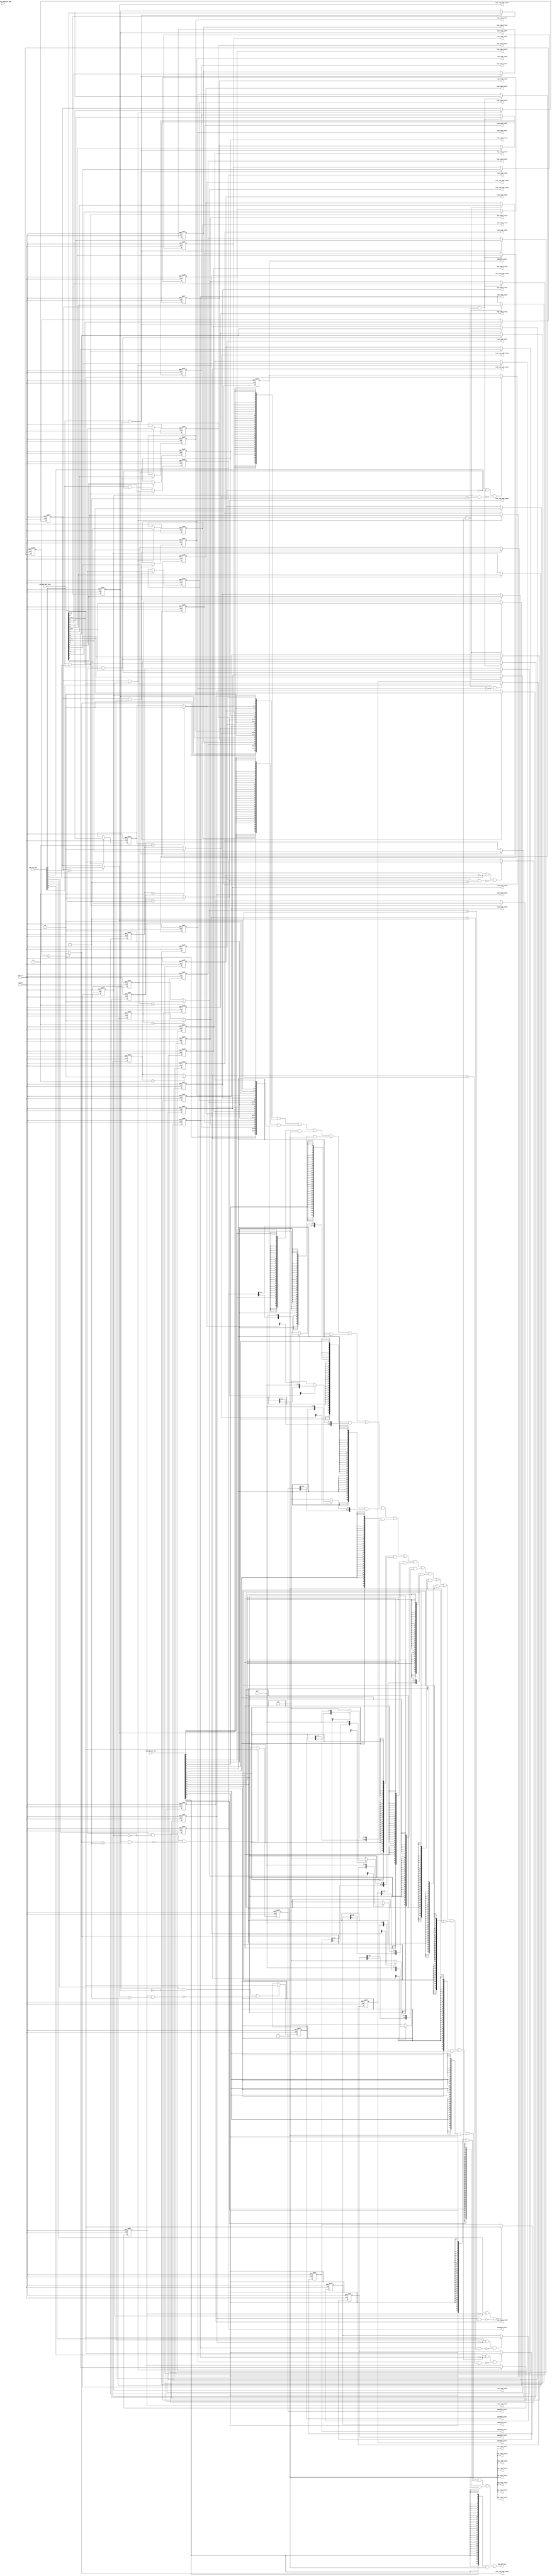
/*Copyright 2020-2021 T-Head Semiconductor Co., Ltd.

Licensed under the Apache License, Version 2.0 (the "License");
you may not use this file except in compliance with the License.
You may obtain a copy of the License at

    http://www.apache.org/licenses/LICENSE-2.0

Unless required by applicable law or agreed to in writing, software
distributed under the License is distributed on an "AS IS" BASIS,
WITHOUT WARRANTIES OR CONDITIONS OF ANY KIND, either express or implied.
See the License for the specific language governing permissions and
limitations under the License.
*/
module pa_pmp_regs(
  cp0_pmp_csr_sel,
  cp0_pmp_updt_data,
  cp0_yy_secu_mode_aft_dbg,
  cpuclk,
  cpurst_b,
  pmp_cp0_data,
  pmp_csr_wen,
  pmpaddr0_value,
  pmpaddr1_value,
  pmpaddr2_value,
  pmpaddr3_value,
  pmpaddr4_value,
  pmpaddr5_value,
  pmpaddr6_value,
  pmpaddr7_value,
  regs_comp_addr_mode0,
  regs_comp_addr_mode1,
  regs_comp_addr_mode2,
  regs_comp_addr_mode3,
  regs_comp_addr_mode4,
  regs_comp_addr_mode5,
  regs_comp_addr_mode6,
  regs_comp_addr_mode7,
  regs_comp_excut0,
  regs_comp_excut1,
  regs_comp_excut2,
  regs_comp_excut3,
  regs_comp_excut4,
  regs_comp_excut5,
  regs_comp_excut6,
  regs_comp_excut7,
  regs_comp_lock0,
  regs_comp_lock1,
  regs_comp_lock10,
  regs_comp_lock11,
  regs_comp_lock12,
  regs_comp_lock13,
  regs_comp_lock14,
  regs_comp_lock15,
  regs_comp_lock2,
  regs_comp_lock3,
  regs_comp_lock4,
  regs_comp_lock5,
  regs_comp_lock6,
  regs_comp_lock7,
  regs_comp_lock8,
  regs_comp_lock9,
  regs_comp_read0,
  regs_comp_read1,
  regs_comp_read2,
  regs_comp_read3,
  regs_comp_read4,
  regs_comp_read5,
  regs_comp_read6,
  regs_comp_read7,
  regs_comp_write0,
  regs_comp_write1,
  regs_comp_write2,
  regs_comp_write3,
  regs_comp_write4,
  regs_comp_write5,
  regs_comp_write6,
  regs_comp_write7
);

// &Ports; @24
input   [19:0]  cp0_pmp_csr_sel;         
input   [31:0]  cp0_pmp_updt_data;       
input           cp0_yy_secu_mode_aft_dbg; 
input           cpuclk;                  
input           cpurst_b;                
input   [19:0]  pmp_csr_wen;             
output  [31:0]  pmp_cp0_data;            
output  [25:0]  pmpaddr0_value;          
output  [25:0]  pmpaddr1_value;          
output  [25:0]  pmpaddr2_value;          
output  [25:0]  pmpaddr3_value;          
output  [25:0]  pmpaddr4_value;          
output  [25:0]  pmpaddr5_value;          
output  [25:0]  pmpaddr6_value;          
output  [25:0]  pmpaddr7_value;          
output  [1 :0]  regs_comp_addr_mode0;    
output  [1 :0]  regs_comp_addr_mode1;    
output  [1 :0]  regs_comp_addr_mode2;    
output  [1 :0]  regs_comp_addr_mode3;    
output  [1 :0]  regs_comp_addr_mode4;    
output  [1 :0]  regs_comp_addr_mode5;    
output  [1 :0]  regs_comp_addr_mode6;    
output  [1 :0]  regs_comp_addr_mode7;    
output          regs_comp_excut0;        
output          regs_comp_excut1;        
output          regs_comp_excut2;        
output          regs_comp_excut3;        
output          regs_comp_excut4;        
output          regs_comp_excut5;        
output          regs_comp_excut6;        
output          regs_comp_excut7;        
output          regs_comp_lock0;         
output          regs_comp_lock1;         
output          regs_comp_lock10;        
output          regs_comp_lock11;        
output          regs_comp_lock12;        
output          regs_comp_lock13;        
output          regs_comp_lock14;        
output          regs_comp_lock15;        
output          regs_comp_lock2;         
output          regs_comp_lock3;         
output          regs_comp_lock4;         
output          regs_comp_lock5;         
output          regs_comp_lock6;         
output          regs_comp_lock7;         
output          regs_comp_lock8;         
output          regs_comp_lock9;         
output          regs_comp_read0;         
output          regs_comp_read1;         
output          regs_comp_read2;         
output          regs_comp_read3;         
output          regs_comp_read4;         
output          regs_comp_read5;         
output          regs_comp_read6;         
output          regs_comp_read7;         
output          regs_comp_write0;        
output          regs_comp_write1;        
output          regs_comp_write2;        
output          regs_comp_write3;        
output          regs_comp_write4;        
output          regs_comp_write5;        
output          regs_comp_write6;        
output          regs_comp_write7;        

// &Regs; @25
reg     [1 :0]  pmp0cfg_addr_mode;       
reg             pmp0cfg_executeable;     
reg             pmp0cfg_lock;            
reg             pmp0cfg_readable;        
reg             pmp0cfg_writable;        
reg     [1 :0]  pmp1cfg_addr_mode;       
reg             pmp1cfg_executeable;     
reg             pmp1cfg_lock;            
reg             pmp1cfg_readable;        
reg             pmp1cfg_writable;        
reg     [1 :0]  pmp2cfg_addr_mode;       
reg             pmp2cfg_executeable;     
reg             pmp2cfg_lock;            
reg             pmp2cfg_readable;        
reg             pmp2cfg_writable;        
reg     [1 :0]  pmp3cfg_addr_mode;       
reg             pmp3cfg_executeable;     
reg             pmp3cfg_lock;            
reg             pmp3cfg_readable;        
reg             pmp3cfg_writable;        
reg     [1 :0]  pmp4cfg_addr_mode;       
reg             pmp4cfg_executeable;     
reg             pmp4cfg_lock;            
reg             pmp4cfg_readable;        
reg             pmp4cfg_writable;        
reg     [1 :0]  pmp5cfg_addr_mode;       
reg             pmp5cfg_executeable;     
reg             pmp5cfg_lock;            
reg             pmp5cfg_readable;        
reg             pmp5cfg_writable;        
reg     [1 :0]  pmp6cfg_addr_mode;       
reg             pmp6cfg_executeable;     
reg             pmp6cfg_lock;            
reg             pmp6cfg_readable;        
reg             pmp6cfg_writable;        
reg     [1 :0]  pmp7cfg_addr_mode;       
reg             pmp7cfg_executeable;     
reg             pmp7cfg_lock;            
reg             pmp7cfg_readable;        
reg             pmp7cfg_writable;        
reg     [25:0]  pmpaddr0_value;          
reg     [25:0]  pmpaddr1_value;          
reg     [25:0]  pmpaddr2_value;          
reg     [25:0]  pmpaddr3_value;          
reg     [25:0]  pmpaddr4_value;          
reg     [25:0]  pmpaddr5_value;          
reg     [25:0]  pmpaddr6_value;          
reg     [25:0]  pmpaddr7_value;          

// &Wires; @26
wire    [19:0]  cp0_pmp_csr_sel;         
wire    [31:0]  cp0_pmp_updt_data;       
wire            cp0_yy_secu_mode_aft_dbg; 
wire            cpuclk;                  
wire            cpurst_b;                
wire    [1 :0]  pmp0cfg_mode;            
wire    [1 :0]  pmp10cfg_mode;           
wire    [1 :0]  pmp11cfg_mode;           
wire    [1 :0]  pmp12cfg_mode;           
wire    [1 :0]  pmp13cfg_mode;           
wire    [1 :0]  pmp14cfg_mode;           
wire    [1 :0]  pmp15cfg_mode;           
wire    [1 :0]  pmp1cfg_mode;            
wire    [1 :0]  pmp2cfg_mode;            
wire    [1 :0]  pmp3cfg_mode;            
wire    [1 :0]  pmp4cfg_mode;            
wire    [1 :0]  pmp5cfg_mode;            
wire    [1 :0]  pmp6cfg_mode;            
wire    [1 :0]  pmp7cfg_mode;            
wire    [1 :0]  pmp8cfg_mode;            
wire    [1 :0]  pmp9cfg_mode;            
wire    [31:0]  pmp_cp0_data;            
wire    [19:0]  pmp_csr_wen;             
wire            pmp_updt_pmp0cfg;        
wire            pmp_updt_pmp1cfg;        
wire            pmp_updt_pmp2cfg;        
wire            pmp_updt_pmp3cfg;        
wire            pmp_updt_pmp4cfg;        
wire            pmp_updt_pmp5cfg;        
wire            pmp_updt_pmp6cfg;        
wire            pmp_updt_pmp7cfg;        
wire            pmp_updt_pmpaddr0;       
wire            pmp_updt_pmpaddr1;       
wire            pmp_updt_pmpaddr2;       
wire            pmp_updt_pmpaddr3;       
wire            pmp_updt_pmpaddr4;       
wire            pmp_updt_pmpaddr5;       
wire            pmp_updt_pmpaddr6;       
wire            pmp_updt_pmpaddr7;       
wire    [4 :0]  pmpaddr0_low;            
wire    [4 :0]  pmpaddr10_low;           
wire    [25:0]  pmpaddr10_value;         
wire    [4 :0]  pmpaddr11_low;           
wire    [25:0]  pmpaddr11_value;         
wire    [4 :0]  pmpaddr12_low;           
wire    [25:0]  pmpaddr12_value;         
wire    [4 :0]  pmpaddr13_low;           
wire    [25:0]  pmpaddr13_value;         
wire    [4 :0]  pmpaddr14_low;           
wire    [25:0]  pmpaddr14_value;         
wire    [4 :0]  pmpaddr15_low;           
wire    [25:0]  pmpaddr15_value;         
wire    [4 :0]  pmpaddr1_low;            
wire    [4 :0]  pmpaddr2_low;            
wire    [4 :0]  pmpaddr3_low;            
wire    [4 :0]  pmpaddr4_low;            
wire    [4 :0]  pmpaddr5_low;            
wire    [4 :0]  pmpaddr6_low;            
wire    [4 :0]  pmpaddr7_low;            
wire    [4 :0]  pmpaddr8_low;            
wire    [25:0]  pmpaddr8_value;          
wire    [4 :0]  pmpaddr9_low;            
wire    [25:0]  pmpaddr9_value;          
wire    [31:0]  pmpcfg0_value;           
wire    [31:0]  pmpcfg1_value;           
wire    [31:0]  pmpcfg2_value;           
wire    [31:0]  pmpcfg3_value;           
wire            pmpteecfg_s0;            
wire            pmpteecfg_s1;            
wire            pmpteecfg_s2;            
wire            pmpteecfg_s3;            
wire            pmpteecfg_s4;            
wire            pmpteecfg_s5;            
wire            pmpteecfg_s6;            
wire            pmpteecfg_s7;            
wire    [1 :0]  regs_comp_addr_mode0;    
wire    [1 :0]  regs_comp_addr_mode1;    
wire    [1 :0]  regs_comp_addr_mode2;    
wire    [1 :0]  regs_comp_addr_mode3;    
wire    [1 :0]  regs_comp_addr_mode4;    
wire    [1 :0]  regs_comp_addr_mode5;    
wire    [1 :0]  regs_comp_addr_mode6;    
wire    [1 :0]  regs_comp_addr_mode7;    
wire            regs_comp_excut0;        
wire            regs_comp_excut1;        
wire            regs_comp_excut2;        
wire            regs_comp_excut3;        
wire            regs_comp_excut4;        
wire            regs_comp_excut5;        
wire            regs_comp_excut6;        
wire            regs_comp_excut7;        
wire            regs_comp_lock0;         
wire            regs_comp_lock1;         
wire            regs_comp_lock10;        
wire            regs_comp_lock11;        
wire            regs_comp_lock12;        
wire            regs_comp_lock13;        
wire            regs_comp_lock14;        
wire            regs_comp_lock15;        
wire            regs_comp_lock2;         
wire            regs_comp_lock3;         
wire            regs_comp_lock4;         
wire            regs_comp_lock5;         
wire            regs_comp_lock6;         
wire            regs_comp_lock7;         
wire            regs_comp_lock8;         
wire            regs_comp_lock9;         
wire            regs_comp_read0;         
wire            regs_comp_read1;         
wire            regs_comp_read2;         
wire            regs_comp_read3;         
wire            regs_comp_read4;         
wire            regs_comp_read5;         
wire            regs_comp_read6;         
wire            regs_comp_read7;         
wire            regs_comp_write0;        
wire            regs_comp_write1;        
wire            regs_comp_write2;        
wire            regs_comp_write3;        
wire            regs_comp_write4;        
wire            regs_comp_write5;        
wire            regs_comp_write6;        
wire            regs_comp_write7;        


parameter ADDR_WIDTH = 25+1;

assign regs_comp_read0           = pmp0cfg_readable;
assign regs_comp_write0          = pmp0cfg_writable;
assign regs_comp_excut0          = pmp0cfg_executeable;
assign regs_comp_addr_mode0[1:0] = pmp0cfg_mode[1:0];
assign regs_comp_lock0           = pmp0cfg_lock;

assign regs_comp_read1           = pmp1cfg_readable;
assign regs_comp_write1          = pmp1cfg_writable;
assign regs_comp_excut1          = pmp1cfg_executeable;
assign regs_comp_addr_mode1[1:0] = pmp1cfg_mode[1:0];
assign regs_comp_lock1           = pmp1cfg_lock;

assign regs_comp_read2           = pmp2cfg_readable;
assign regs_comp_write2          = pmp2cfg_writable;
assign regs_comp_excut2          = pmp2cfg_executeable;
assign regs_comp_addr_mode2[1:0] = pmp2cfg_mode[1:0];
assign regs_comp_lock2           = pmp2cfg_lock;

assign regs_comp_read3           = pmp3cfg_readable;
assign regs_comp_write3          = pmp3cfg_writable;
assign regs_comp_excut3          = pmp3cfg_executeable;
assign regs_comp_addr_mode3[1:0] = pmp3cfg_mode[1:0];
assign regs_comp_lock3           = pmp3cfg_lock;

assign regs_comp_read4           = pmp4cfg_readable;
assign regs_comp_write4          = pmp4cfg_writable;
assign regs_comp_excut4          = pmp4cfg_executeable;
assign regs_comp_addr_mode4[1:0] = pmp4cfg_mode[1:0];
assign regs_comp_lock4           = pmp4cfg_lock;

assign regs_comp_read5           = pmp5cfg_readable;
assign regs_comp_write5          = pmp5cfg_writable;
assign regs_comp_excut5          = pmp5cfg_executeable;
assign regs_comp_addr_mode5[1:0] = pmp5cfg_mode[1:0];
assign regs_comp_lock5           = pmp5cfg_lock;

assign regs_comp_read6           = pmp6cfg_readable;
assign regs_comp_write6          = pmp6cfg_writable;
assign regs_comp_excut6          = pmp6cfg_executeable;
assign regs_comp_addr_mode6[1:0] = pmp6cfg_mode[1:0];
assign regs_comp_lock6           = pmp6cfg_lock;

assign regs_comp_read7           = pmp7cfg_readable;
assign regs_comp_write7          = pmp7cfg_writable;
assign regs_comp_excut7          = pmp7cfg_executeable;
assign regs_comp_addr_mode7[1:0] = pmp7cfg_mode[1:0];
assign regs_comp_lock7           = pmp7cfg_lock;









//==========================================================
//                PMP Entry Configuration Register
//==========================================================
//------------------------------------------------
//pmpcfg0 register
//------------------------------------------------
assign pmp_updt_pmp0cfg = pmp_csr_wen[0] && !pmp0cfg_lock;
always @(posedge cpuclk or negedge cpurst_b)
begin
  if(!cpurst_b)
  begin
    pmp0cfg_readable       <= 1'b0;
    pmp0cfg_writable       <= 1'b0;
    pmp0cfg_executeable    <= 1'b0;
    pmp0cfg_addr_mode[1:0] <= 2'b0;
    pmp0cfg_lock           <= 1'b0;
  end
  else if(pmp_updt_pmp0cfg && (!pmpteecfg_s0 || cp0_yy_secu_mode_aft_dbg))
  begin
    pmp0cfg_readable        <= cp0_pmp_updt_data[0];
    pmp0cfg_writable        <= cp0_pmp_updt_data[1];
    pmp0cfg_executeable     <= cp0_pmp_updt_data[2];
    pmp0cfg_addr_mode[1:0]  <= cp0_pmp_updt_data[4:3];
    pmp0cfg_lock            <= cp0_pmp_updt_data[7];
  end
  else
  begin
    pmp0cfg_readable       <= pmp0cfg_readable;     
    pmp0cfg_writable       <= pmp0cfg_writable;     
    pmp0cfg_executeable    <= pmp0cfg_executeable;     
    pmp0cfg_addr_mode[1:0] <= pmp0cfg_addr_mode[1:0];
    pmp0cfg_lock           <= pmp0cfg_lock;     
  end
end
assign pmp0cfg_mode[1:0] = pmp0cfg_addr_mode[1:0] == 2'b10 ? 2'b00 : pmp0cfg_addr_mode[1:0];

assign pmp_updt_pmp1cfg = pmp_csr_wen[0] && !pmp1cfg_lock;
always @(posedge cpuclk or negedge cpurst_b)
begin
  if(!cpurst_b)
  begin
    pmp1cfg_readable       <= 1'b0;
    pmp1cfg_writable       <= 1'b0;
    pmp1cfg_executeable    <= 1'b0;
    pmp1cfg_addr_mode[1:0] <= 2'b0;
    pmp1cfg_lock           <= 1'b0;
  end
  else if(pmp_updt_pmp1cfg && (!pmpteecfg_s1 || cp0_yy_secu_mode_aft_dbg))
  begin
    pmp1cfg_readable       <= cp0_pmp_updt_data[8];
    pmp1cfg_writable       <= cp0_pmp_updt_data[9];
    pmp1cfg_executeable    <= cp0_pmp_updt_data[10];
    pmp1cfg_addr_mode[1:0] <= cp0_pmp_updt_data[12:11];
    pmp1cfg_lock           <= cp0_pmp_updt_data[15];
  end
  else
  begin
    pmp1cfg_readable       <= pmp1cfg_readable;     
    pmp1cfg_writable       <= pmp1cfg_writable;     
    pmp1cfg_executeable    <= pmp1cfg_executeable;     
    pmp1cfg_addr_mode[1:0] <= pmp1cfg_addr_mode[1:0];
    pmp1cfg_lock           <= pmp1cfg_lock;     
  end
end
assign pmp1cfg_mode[1:0] = pmp1cfg_addr_mode[1:0] == 2'b10 ? 2'b00 : pmp1cfg_addr_mode[1:0];

assign pmp_updt_pmp2cfg = pmp_csr_wen[0] && !pmp2cfg_lock;
always @(posedge cpuclk or negedge cpurst_b)
begin
  if(!cpurst_b)
  begin
    pmp2cfg_readable       <= 1'b0;
    pmp2cfg_writable       <= 1'b0;
    pmp2cfg_executeable    <= 1'b0;
    pmp2cfg_addr_mode[1:0] <= 2'b0;
    pmp2cfg_lock           <= 1'b0;
  end
  else if(pmp_updt_pmp2cfg && (!pmpteecfg_s2 || cp0_yy_secu_mode_aft_dbg))
  begin
    pmp2cfg_readable       <= cp0_pmp_updt_data[16];
    pmp2cfg_writable       <= cp0_pmp_updt_data[17];
    pmp2cfg_executeable    <= cp0_pmp_updt_data[18];
    pmp2cfg_addr_mode[1:0] <= cp0_pmp_updt_data[20:19];
    pmp2cfg_lock           <= cp0_pmp_updt_data[23];
  end
  else
  begin
    pmp2cfg_readable       <= pmp2cfg_readable;     
    pmp2cfg_writable       <= pmp2cfg_writable;     
    pmp2cfg_executeable    <= pmp2cfg_executeable;     
    pmp2cfg_addr_mode[1:0] <= pmp2cfg_addr_mode[1:0];
    pmp2cfg_lock           <= pmp2cfg_lock;     
  end
end
assign pmp2cfg_mode[1:0] = pmp2cfg_addr_mode[1:0] == 2'b10 ? 2'b00 : pmp2cfg_addr_mode[1:0];

assign pmp_updt_pmp3cfg = pmp_csr_wen[0] && !pmp3cfg_lock;
always @(posedge cpuclk or negedge cpurst_b)
begin
  if(!cpurst_b)
  begin
    pmp3cfg_readable       <= 1'b0;
    pmp3cfg_writable       <= 1'b0;
    pmp3cfg_executeable    <= 1'b0;
    pmp3cfg_addr_mode[1:0] <= 2'b0;
    pmp3cfg_lock           <= 1'b0;
  end
  else if(pmp_updt_pmp3cfg && (!pmpteecfg_s3 || cp0_yy_secu_mode_aft_dbg))
  begin
    pmp3cfg_readable       <= cp0_pmp_updt_data[24];
    pmp3cfg_writable       <= cp0_pmp_updt_data[25];
    pmp3cfg_executeable    <= cp0_pmp_updt_data[26];
    pmp3cfg_addr_mode[1:0] <= cp0_pmp_updt_data[28:27];
    pmp3cfg_lock           <= cp0_pmp_updt_data[31];
  end
  else
  begin
    pmp3cfg_readable       <= pmp3cfg_readable;     
    pmp3cfg_writable       <= pmp3cfg_writable;     
    pmp3cfg_executeable    <= pmp3cfg_executeable;     
    pmp3cfg_addr_mode[1:0] <= pmp3cfg_addr_mode[1:0];
    pmp3cfg_lock           <= pmp3cfg_lock;     
  end
end
assign pmp3cfg_mode[1:0] = pmp3cfg_addr_mode[1:0] == 2'b10 ? 2'b00 : pmp3cfg_addr_mode[1:0];

//------------------------------------------------
//pmpcfg1 register
//------------------------------------------------
assign pmp_updt_pmp4cfg = pmp_csr_wen[1] && !pmp4cfg_lock;
always @(posedge cpuclk or negedge cpurst_b)
begin
  if(!cpurst_b)
  begin
    pmp4cfg_readable       <= 1'b0;
    pmp4cfg_writable       <= 1'b0;
    pmp4cfg_executeable    <= 1'b0;
    pmp4cfg_addr_mode[1:0] <= 2'b0;
    pmp4cfg_lock           <= 1'b0;
  end
  else if(pmp_updt_pmp4cfg && (!pmpteecfg_s4 || cp0_yy_secu_mode_aft_dbg))
  begin
    pmp4cfg_readable        <= cp0_pmp_updt_data[0];
    pmp4cfg_writable        <= cp0_pmp_updt_data[1];
    pmp4cfg_executeable     <= cp0_pmp_updt_data[2];
    pmp4cfg_addr_mode[1:0]  <= cp0_pmp_updt_data[4:3];
    pmp4cfg_lock            <= cp0_pmp_updt_data[7];
  end
  else
  begin
    pmp4cfg_readable       <= pmp4cfg_readable;     
    pmp4cfg_writable       <= pmp4cfg_writable;     
    pmp4cfg_executeable    <= pmp4cfg_executeable;     
    pmp4cfg_addr_mode[1:0] <= pmp4cfg_addr_mode[1:0];
    pmp4cfg_lock           <= pmp4cfg_lock;     
  end
end
assign pmp4cfg_mode[1:0] = pmp4cfg_addr_mode[1:0] == 2'b10 ? 2'b00 : pmp4cfg_addr_mode[1:0];

assign pmp_updt_pmp5cfg = pmp_csr_wen[1] && !pmp5cfg_lock;
always @(posedge cpuclk or negedge cpurst_b)
begin
  if(!cpurst_b)
  begin
    pmp5cfg_readable       <= 1'b0;
    pmp5cfg_writable       <= 1'b0;
    pmp5cfg_executeable    <= 1'b0;
    pmp5cfg_addr_mode[1:0] <= 2'b0;
    pmp5cfg_lock           <= 1'b0;
  end
  else if(pmp_updt_pmp5cfg && (!pmpteecfg_s5 || cp0_yy_secu_mode_aft_dbg))
  begin
    pmp5cfg_readable       <= cp0_pmp_updt_data[8];
    pmp5cfg_writable       <= cp0_pmp_updt_data[9];
    pmp5cfg_executeable    <= cp0_pmp_updt_data[10];
    pmp5cfg_addr_mode[1:0] <= cp0_pmp_updt_data[12:11];
    pmp5cfg_lock           <= cp0_pmp_updt_data[15];
  end
  else
  begin
    pmp5cfg_readable       <= pmp5cfg_readable;     
    pmp5cfg_writable       <= pmp5cfg_writable;     
    pmp5cfg_executeable    <= pmp5cfg_executeable;     
    pmp5cfg_addr_mode[1:0] <= pmp5cfg_addr_mode[1:0];
    pmp5cfg_lock           <= pmp5cfg_lock;     
  end
end
assign pmp5cfg_mode[1:0] = pmp5cfg_addr_mode[1:0] == 2'b10 ? 2'b00 : pmp5cfg_addr_mode[1:0];

assign pmp_updt_pmp6cfg = pmp_csr_wen[1] && !pmp6cfg_lock;
always @(posedge cpuclk or negedge cpurst_b)
begin
  if(!cpurst_b)
  begin
    pmp6cfg_readable       <= 1'b0;
    pmp6cfg_writable       <= 1'b0;
    pmp6cfg_executeable    <= 1'b0;
    pmp6cfg_addr_mode[1:0] <= 2'b0;
    pmp6cfg_lock           <= 1'b0;
  end
  else if(pmp_updt_pmp6cfg && (!pmpteecfg_s6 || cp0_yy_secu_mode_aft_dbg))
  begin
    pmp6cfg_readable       <= cp0_pmp_updt_data[16];
    pmp6cfg_writable       <= cp0_pmp_updt_data[17];
    pmp6cfg_executeable    <= cp0_pmp_updt_data[18];
    pmp6cfg_addr_mode[1:0] <= cp0_pmp_updt_data[20:19];
    pmp6cfg_lock           <= cp0_pmp_updt_data[23];
  end
  else
  begin
    pmp6cfg_readable       <= pmp6cfg_readable;     
    pmp6cfg_writable       <= pmp6cfg_writable;     
    pmp6cfg_executeable    <= pmp6cfg_executeable;     
    pmp6cfg_addr_mode[1:0] <= pmp6cfg_addr_mode[1:0];
    pmp6cfg_lock           <= pmp6cfg_lock;     
  end
end
assign pmp6cfg_mode[1:0] = pmp6cfg_addr_mode[1:0] == 2'b10 ? 2'b00 : pmp6cfg_addr_mode[1:0];

assign pmp_updt_pmp7cfg = pmp_csr_wen[1] && !pmp7cfg_lock;
always @(posedge cpuclk or negedge cpurst_b)
begin
  if(!cpurst_b)
  begin
    pmp7cfg_readable       <= 1'b0;
    pmp7cfg_writable       <= 1'b0;
    pmp7cfg_executeable    <= 1'b0;
    pmp7cfg_addr_mode[1:0] <= 2'b0;
    pmp7cfg_lock           <= 1'b0;
  end
  else if(pmp_updt_pmp7cfg && (!pmpteecfg_s7 || cp0_yy_secu_mode_aft_dbg))
  begin
    pmp7cfg_readable       <= cp0_pmp_updt_data[24];
    pmp7cfg_writable       <= cp0_pmp_updt_data[25];
    pmp7cfg_executeable    <= cp0_pmp_updt_data[26];
    pmp7cfg_addr_mode[1:0] <= cp0_pmp_updt_data[28:27];
    pmp7cfg_lock           <= cp0_pmp_updt_data[31];
  end
  else
  begin
    pmp7cfg_readable       <= pmp7cfg_readable;     
    pmp7cfg_writable       <= pmp7cfg_writable;     
    pmp7cfg_executeable    <= pmp7cfg_executeable;     
    pmp7cfg_addr_mode[1:0] <= pmp7cfg_addr_mode[1:0];
    pmp7cfg_lock           <= pmp7cfg_lock;     
  end
end
assign pmp7cfg_mode[1:0] = pmp7cfg_addr_mode[1:0] == 2'b10 ? 2'b00 : pmp7cfg_addr_mode[1:0];

//------------------------------------------------
//pmpcfg2 register
//------------------------------------------------
assign pmp8cfg_mode[1:0] = 2'b00;
assign regs_comp_lock8   = 1'b0;

assign pmp9cfg_mode[1:0] = 2'b00;
assign regs_comp_lock9   = 1'b0;

assign pmp10cfg_mode[1:0] = 2'b00;
assign regs_comp_lock10   = 1'b0;

assign pmp11cfg_mode[1:0] = 2'b00;
assign regs_comp_lock11   = 1'b0;

//------------------------------------------------
//pmpcfg3 register
//------------------------------------------------
assign pmp12cfg_mode[1:0] = 2'b00;
assign regs_comp_lock12   = 1'b0;

assign pmp13cfg_mode[1:0] = 2'b00;
assign regs_comp_lock13   = 1'b0;

assign pmp14cfg_mode[1:0] = 2'b00;
assign regs_comp_lock14   = 1'b0;

assign pmp15cfg_mode[1:0] = 2'b00;
assign regs_comp_lock15   = 1'b0;



assign pmpcfg0_value[31:0] = {pmp3cfg_lock,2'b0,pmp3cfg_mode[1:0],pmp3cfg_executeable,pmp3cfg_writable,pmp3cfg_readable,
                              pmp2cfg_lock,2'b0,pmp2cfg_mode[1:0],pmp2cfg_executeable,pmp2cfg_writable,pmp2cfg_readable,
                              pmp1cfg_lock,2'b0,pmp1cfg_mode[1:0],pmp1cfg_executeable,pmp1cfg_writable,pmp1cfg_readable,
                              pmp0cfg_lock,2'b0,pmp0cfg_mode[1:0],pmp0cfg_executeable,pmp0cfg_writable,pmp0cfg_readable};
assign pmpcfg1_value[31:0] = {pmp7cfg_lock,2'b0,pmp7cfg_mode[1:0],pmp7cfg_executeable,pmp7cfg_writable,pmp7cfg_readable,
                              pmp6cfg_lock,2'b0,pmp6cfg_mode[1:0],pmp6cfg_executeable,pmp6cfg_writable,pmp6cfg_readable,
                              pmp5cfg_lock,2'b0,pmp5cfg_mode[1:0],pmp5cfg_executeable,pmp5cfg_writable,pmp5cfg_readable,
                              pmp4cfg_lock,2'b0,pmp4cfg_mode[1:0],pmp4cfg_executeable,pmp4cfg_writable,pmp4cfg_readable};
assign pmpcfg2_value[31:0] = 32'b0;
assign pmpcfg3_value[31:0] = 32'b0;





//==========================================================
//                PMP Entry Address Register
//==========================================================
//------------------------------------------------
//pmpaddr0 register
//------------------------------------------------
assign pmp_updt_pmpaddr0 = pmp_csr_wen[4] && !pmpcfg0_value[7] && !(pmpcfg0_value[15] && (pmpcfg0_value[12:11] == 2'b01)) ;
always @(posedge cpuclk or negedge cpurst_b)
begin
  if(!cpurst_b)
    pmpaddr0_value[ADDR_WIDTH-1:0] <= {ADDR_WIDTH{1'b0}};
  else if(pmp_updt_pmpaddr0 && (!pmpteecfg_s0 || cp0_yy_secu_mode_aft_dbg))
    pmpaddr0_value[ADDR_WIDTH-1:0] <= cp0_pmp_updt_data[ADDR_WIDTH+3:4];
  else
    pmpaddr0_value[ADDR_WIDTH-1:0] <= pmpaddr0_value[ADDR_WIDTH-1:0];
end
// &Force("output","pmpaddr0_value"); @866

assign pmp_updt_pmpaddr1 = pmp_csr_wen[5] && !pmpcfg0_value[15] && !(pmpcfg0_value[23] && (pmpcfg0_value[20:19] == 2'b01));
always @(posedge cpuclk or negedge cpurst_b)
begin
  if(!cpurst_b)
    pmpaddr1_value[ADDR_WIDTH-1:0] <= {ADDR_WIDTH{1'b0}};
  else if(pmp_updt_pmpaddr1 && (!pmpteecfg_s1 || cp0_yy_secu_mode_aft_dbg))
    pmpaddr1_value[ADDR_WIDTH-1:0] <= cp0_pmp_updt_data[ADDR_WIDTH+3:4];
  else
    pmpaddr1_value[ADDR_WIDTH-1:0] <= pmpaddr1_value[ADDR_WIDTH-1:0];
end
// &Force("output","pmpaddr1_value"); @882

assign pmp_updt_pmpaddr2 = pmp_csr_wen[6] && !pmpcfg0_value[23] && !(pmpcfg0_value[31] && (pmpcfg0_value[28:27] == 2'b01));
always @(posedge cpuclk or negedge cpurst_b)
begin
  if(!cpurst_b)
    pmpaddr2_value[ADDR_WIDTH-1:0] <= {ADDR_WIDTH{1'b0}};
  else if(pmp_updt_pmpaddr2 && (!pmpteecfg_s2 || cp0_yy_secu_mode_aft_dbg))
    pmpaddr2_value[ADDR_WIDTH-1:0] <= cp0_pmp_updt_data[ADDR_WIDTH+3:4];
  else
    pmpaddr2_value[ADDR_WIDTH-1:0] <= pmpaddr2_value[ADDR_WIDTH-1:0];
end
// &Force("output","pmpaddr2_value"); @898

assign pmp_updt_pmpaddr3 = pmp_csr_wen[7] && !pmpcfg0_value[31] && !(pmpcfg1_value[7] && (pmpcfg1_value[4:3] == 2'b01));
always @(posedge cpuclk or negedge cpurst_b)
begin
  if(!cpurst_b)
    pmpaddr3_value[ADDR_WIDTH-1:0] <= {ADDR_WIDTH{1'b0}};
  else if(pmp_updt_pmpaddr3 && (!pmpteecfg_s3 || cp0_yy_secu_mode_aft_dbg))
    pmpaddr3_value[ADDR_WIDTH-1:0] <= cp0_pmp_updt_data[ADDR_WIDTH+3:4];
  else
    pmpaddr3_value[ADDR_WIDTH-1:0] <= pmpaddr3_value[ADDR_WIDTH-1:0];
end
// &Force("output","pmpaddr3_value"); @914

assign pmp_updt_pmpaddr4 = pmp_csr_wen[8] && !pmpcfg1_value[7] && !(pmpcfg1_value[15] && (pmpcfg1_value[12:11] == 2'b01));
always @(posedge cpuclk or negedge cpurst_b)
begin
  if(!cpurst_b)
    pmpaddr4_value[ADDR_WIDTH-1:0] <= {ADDR_WIDTH{1'b0}};
  else if(pmp_updt_pmpaddr4 && (!pmpteecfg_s4 || cp0_yy_secu_mode_aft_dbg))
    pmpaddr4_value[ADDR_WIDTH-1:0] <= cp0_pmp_updt_data[ADDR_WIDTH+3:4];
  else
    pmpaddr4_value[ADDR_WIDTH-1:0] <= pmpaddr4_value[ADDR_WIDTH-1:0];
end
// &Force("output","pmpaddr4_value"); @930

assign pmp_updt_pmpaddr5 = pmp_csr_wen[9] && !pmpcfg1_value[15] && !(pmpcfg1_value[23] && (pmpcfg1_value[20:19] == 2'b01));
always @(posedge cpuclk or negedge cpurst_b)
begin
  if(!cpurst_b)
    pmpaddr5_value[ADDR_WIDTH-1:0] <= {ADDR_WIDTH{1'b0}};
  else if(pmp_updt_pmpaddr5 && (!pmpteecfg_s5 || cp0_yy_secu_mode_aft_dbg))
    pmpaddr5_value[ADDR_WIDTH-1:0] <= cp0_pmp_updt_data[ADDR_WIDTH+3:4];
  else
    pmpaddr5_value[ADDR_WIDTH-1:0] <= pmpaddr5_value[ADDR_WIDTH-1:0];
end
// &Force("output","pmpaddr5_value"); @946

assign pmp_updt_pmpaddr6 = pmp_csr_wen[10] && !pmpcfg1_value[23] && !(pmpcfg1_value[31] && (pmpcfg1_value[28:27] == 2'b01));
always @(posedge cpuclk or negedge cpurst_b)
begin
  if(!cpurst_b)
    pmpaddr6_value[ADDR_WIDTH-1:0] <= {ADDR_WIDTH{1'b0}};
  else if(pmp_updt_pmpaddr6 && (!pmpteecfg_s6 || cp0_yy_secu_mode_aft_dbg))
    pmpaddr6_value[ADDR_WIDTH-1:0] <= cp0_pmp_updt_data[ADDR_WIDTH+3:4];
  else
    pmpaddr6_value[ADDR_WIDTH-1:0] <= pmpaddr6_value[ADDR_WIDTH-1:0];
end
// &Force("output","pmpaddr6_value"); @962

assign pmp_updt_pmpaddr7 = pmp_csr_wen[11] && !pmpcfg1_value[31] && !(pmpcfg2_value[7] && (pmpcfg2_value[4:3] == 2'b01));
always @(posedge cpuclk or negedge cpurst_b)
begin
  if(!cpurst_b)
    pmpaddr7_value[ADDR_WIDTH-1:0] <= {ADDR_WIDTH{1'b0}};
  else if(pmp_updt_pmpaddr7 && (!pmpteecfg_s7 || cp0_yy_secu_mode_aft_dbg))
    pmpaddr7_value[ADDR_WIDTH-1:0] <= cp0_pmp_updt_data[ADDR_WIDTH+3:4];
  else
    pmpaddr7_value[ADDR_WIDTH-1:0] <= pmpaddr7_value[ADDR_WIDTH-1:0];
end
// &Force("output","pmpaddr7_value"); @978

// &Force("output","pmpaddr8_value"); @994
assign pmpaddr8_value[ADDR_WIDTH-1:0] = {ADDR_WIDTH{1'b0}};

// &Force("output","pmpaddr9_value"); @1010
assign pmpaddr9_value[ADDR_WIDTH-1:0] = {ADDR_WIDTH{1'b0}};

// &Force("output","pmpaddr10_value"); @1026
assign pmpaddr10_value[ADDR_WIDTH-1:0] = {ADDR_WIDTH{1'b0}};

// &Force("output","pmpaddr11_value"); @1042
assign pmpaddr11_value[ADDR_WIDTH-1:0] = {ADDR_WIDTH{1'b0}};


// &Force("output","pmpaddr12_value"); @1059
assign pmpaddr12_value[ADDR_WIDTH-1:0] = {ADDR_WIDTH{1'b0}};

// &Force("output","pmpaddr13_value"); @1075
assign pmpaddr13_value[ADDR_WIDTH-1:0] = {ADDR_WIDTH{1'b0}};

// &Force("output","pmpaddr14_value"); @1091
assign pmpaddr14_value[ADDR_WIDTH-1:0] = {ADDR_WIDTH{1'b0}};

// &Force("output","pmpaddr15_value"); @1107
assign pmpaddr15_value[ADDR_WIDTH-1:0] = {ADDR_WIDTH{1'b0}};

//==========================================================
//          PMP Entry TEE Configuration Register
//==========================================================
//------------------------------------------------
//pmpteecfg[0] register
//------------------------------------------------
assign pmpteecfg_s0 = 1'b0;

//------------------------------------------------
//pmpteecfg[1] register
//------------------------------------------------
assign pmpteecfg_s1 = 1'b0;

//------------------------------------------------
//pmpteecfg[2] register
//------------------------------------------------
assign pmpteecfg_s2 = 1'b0;

//------------------------------------------------
//pmpteecfg[3] register
//------------------------------------------------
assign pmpteecfg_s3 = 1'b0;

//------------------------------------------------
//pmpteecfg[4] register
//------------------------------------------------
assign pmpteecfg_s4 = 1'b0;

//------------------------------------------------
//pmpteecfg[5] register
//------------------------------------------------
assign pmpteecfg_s5 = 1'b0;

//------------------------------------------------
//pmpteecfg[6] register
//------------------------------------------------
assign pmpteecfg_s6 = 1'b0;

//------------------------------------------------
//pmpteecfg[7] register
//------------------------------------------------
assign pmpteecfg_s7 = 1'b0;

//------------------------------------------------
//pmpteecfg[8] register
//------------------------------------------------

//------------------------------------------------
//pmpteecfg[9] register
//------------------------------------------------

//------------------------------------------------
//pmpteecfg[10] register
//------------------------------------------------

//------------------------------------------------
//pmpteecfg[11] register
//------------------------------------------------

//------------------------------------------------
//pmpteecfg[12] register
//------------------------------------------------

//------------------------------------------------
//pmpteecfg[13] register
//------------------------------------------------

//------------------------------------------------
//pmpteecfg[14] register
//------------------------------------------------

//------------------------------------------------
//pmpteecfg[15] register
//------------------------------------------------

// &Force("nonport","pmpteecfg_value"); @1504
assign pmpaddr0_low[4:0]  = pmp0cfg_mode[1]  ? {pmpaddr0_value[0],  4'hf} : {5{1'b0}};
assign pmpaddr1_low[4:0]  = pmp1cfg_mode[1]  ? {pmpaddr1_value[0],  4'hf} : {5{1'b0}};
assign pmpaddr2_low[4:0]  = pmp2cfg_mode[1]  ? {pmpaddr2_value[0],  4'hf} : {5{1'b0}};
assign pmpaddr3_low[4:0]  = pmp3cfg_mode[1]  ? {pmpaddr3_value[0],  4'hf} : {5{1'b0}};
assign pmpaddr4_low[4:0]  = pmp4cfg_mode[1]  ? {pmpaddr4_value[0],  4'hf} : {5{1'b0}};
assign pmpaddr5_low[4:0]  = pmp5cfg_mode[1]  ? {pmpaddr5_value[0],  4'hf} : {5{1'b0}};
assign pmpaddr6_low[4:0]  = pmp6cfg_mode[1]  ? {pmpaddr6_value[0],  4'hf} : {5{1'b0}};
assign pmpaddr7_low[4:0]  = pmp7cfg_mode[1]  ? {pmpaddr7_value[0],  4'hf} : {5{1'b0}};
assign pmpaddr8_low[4:0]  = pmp8cfg_mode[1]  ? {pmpaddr8_value[0],  4'hf} : {5{1'b0}};
assign pmpaddr9_low[4:0]  = pmp9cfg_mode[1]  ? {pmpaddr9_value[0],  4'hf} : {5{1'b0}};
assign pmpaddr10_low[4:0] = pmp10cfg_mode[1] ? {pmpaddr10_value[0], 4'hf} : {5{1'b0}};
assign pmpaddr11_low[4:0] = pmp11cfg_mode[1] ? {pmpaddr11_value[0], 4'hf} : {5{1'b0}};
assign pmpaddr12_low[4:0] = pmp12cfg_mode[1] ? {pmpaddr12_value[0], 4'hf} : {5{1'b0}};
assign pmpaddr13_low[4:0] = pmp13cfg_mode[1] ? {pmpaddr13_value[0], 4'hf} : {5{1'b0}};
assign pmpaddr14_low[4:0] = pmp14cfg_mode[1] ? {pmpaddr14_value[0], 4'hf} : {5{1'b0}};
assign pmpaddr15_low[4:0] = pmp15cfg_mode[1] ? {pmpaddr15_value[0], 4'hf} : {5{1'b0}};


// &Force("bus", "pmp_csr_wen", 19, 0); @1620
assign pmp_cp0_data[31:0]  = {32{cp0_pmp_csr_sel[0]}}  & pmpcfg0_value[31:0]
                           | {32{cp0_pmp_csr_sel[1]}}  & pmpcfg1_value[31:0]
                           | {32{cp0_pmp_csr_sel[2]}}  & pmpcfg2_value[31:0]
                           | {32{cp0_pmp_csr_sel[3]}}  & pmpcfg3_value[31:0]
                           | {32{cp0_pmp_csr_sel[4]}}  & {{2{1'b0}}, pmpaddr0_value[ADDR_WIDTH-1:1],  pmpaddr0_low[4:0]}
                           | {32{cp0_pmp_csr_sel[5]}}  & {{2{1'b0}}, pmpaddr1_value[ADDR_WIDTH-1:1],  pmpaddr1_low[4:0]}
                           | {32{cp0_pmp_csr_sel[6]}}  & {{2{1'b0}}, pmpaddr2_value[ADDR_WIDTH-1:1],  pmpaddr2_low[4:0]}
                           | {32{cp0_pmp_csr_sel[7]}}  & {{2{1'b0}}, pmpaddr3_value[ADDR_WIDTH-1:1],  pmpaddr3_low[4:0]}
                           | {32{cp0_pmp_csr_sel[8]}}  & {{2{1'b0}}, pmpaddr4_value[ADDR_WIDTH-1:1],  pmpaddr4_low[4:0]}
                           | {32{cp0_pmp_csr_sel[9]}}  & {{2{1'b0}}, pmpaddr5_value[ADDR_WIDTH-1:1],  pmpaddr5_low[4:0]}
                           | {32{cp0_pmp_csr_sel[10]}} & {{2{1'b0}}, pmpaddr6_value[ADDR_WIDTH-1:1],  pmpaddr6_low[4:0]}
                           | {32{cp0_pmp_csr_sel[11]}} & {{2{1'b0}}, pmpaddr7_value[ADDR_WIDTH-1:1],  pmpaddr7_low[4:0]}
                           | {32{cp0_pmp_csr_sel[12]}} & {{2{1'b0}}, pmpaddr8_value[ADDR_WIDTH-1:1],  pmpaddr8_low[4:0]}
                           | {32{cp0_pmp_csr_sel[13]}} & {{2{1'b0}}, pmpaddr9_value[ADDR_WIDTH-1:1],  pmpaddr9_low[4:0]}
                           | {32{cp0_pmp_csr_sel[14]}} & {{2{1'b0}}, pmpaddr10_value[ADDR_WIDTH-1:1], pmpaddr10_low[4:0]}
                           | {32{cp0_pmp_csr_sel[15]}} & {{2{1'b0}}, pmpaddr11_value[ADDR_WIDTH-1:1], pmpaddr11_low[4:0]}
                           | {32{cp0_pmp_csr_sel[16]}} & {{2{1'b0}}, pmpaddr12_value[ADDR_WIDTH-1:1], pmpaddr12_low[4:0]}
                           | {32{cp0_pmp_csr_sel[17]}} & {{2{1'b0}}, pmpaddr13_value[ADDR_WIDTH-1:1], pmpaddr13_low[4:0]}
                           | {32{cp0_pmp_csr_sel[18]}} & {{2{1'b0}}, pmpaddr14_value[ADDR_WIDTH-1:1], pmpaddr14_low[4:0]}
                           | {32{cp0_pmp_csr_sel[19]}} & {{2{1'b0}}, pmpaddr15_value[ADDR_WIDTH-1:1], pmpaddr15_low[4:0]};

// &ModuleEnd; @1643
endmodule